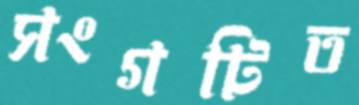
সংগটিত